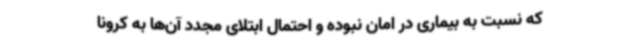
که نسبت به بیماری در امان نبوده و احتمال ابتلای مجدد آن‌ها به کرونا